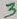
Text: 3